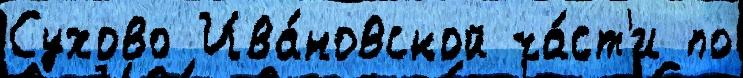
Сухово Ива́новской ча́ст'и по